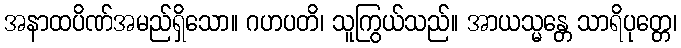
အနာထပိဏ်အမည်ရှိသော။ ဂဟပတိ၊ သူကြွယ်သည်။ အာယသ္မန္တေ သာရိပုတ္တေ၊